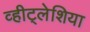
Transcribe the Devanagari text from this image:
व्हीट्लेशिया